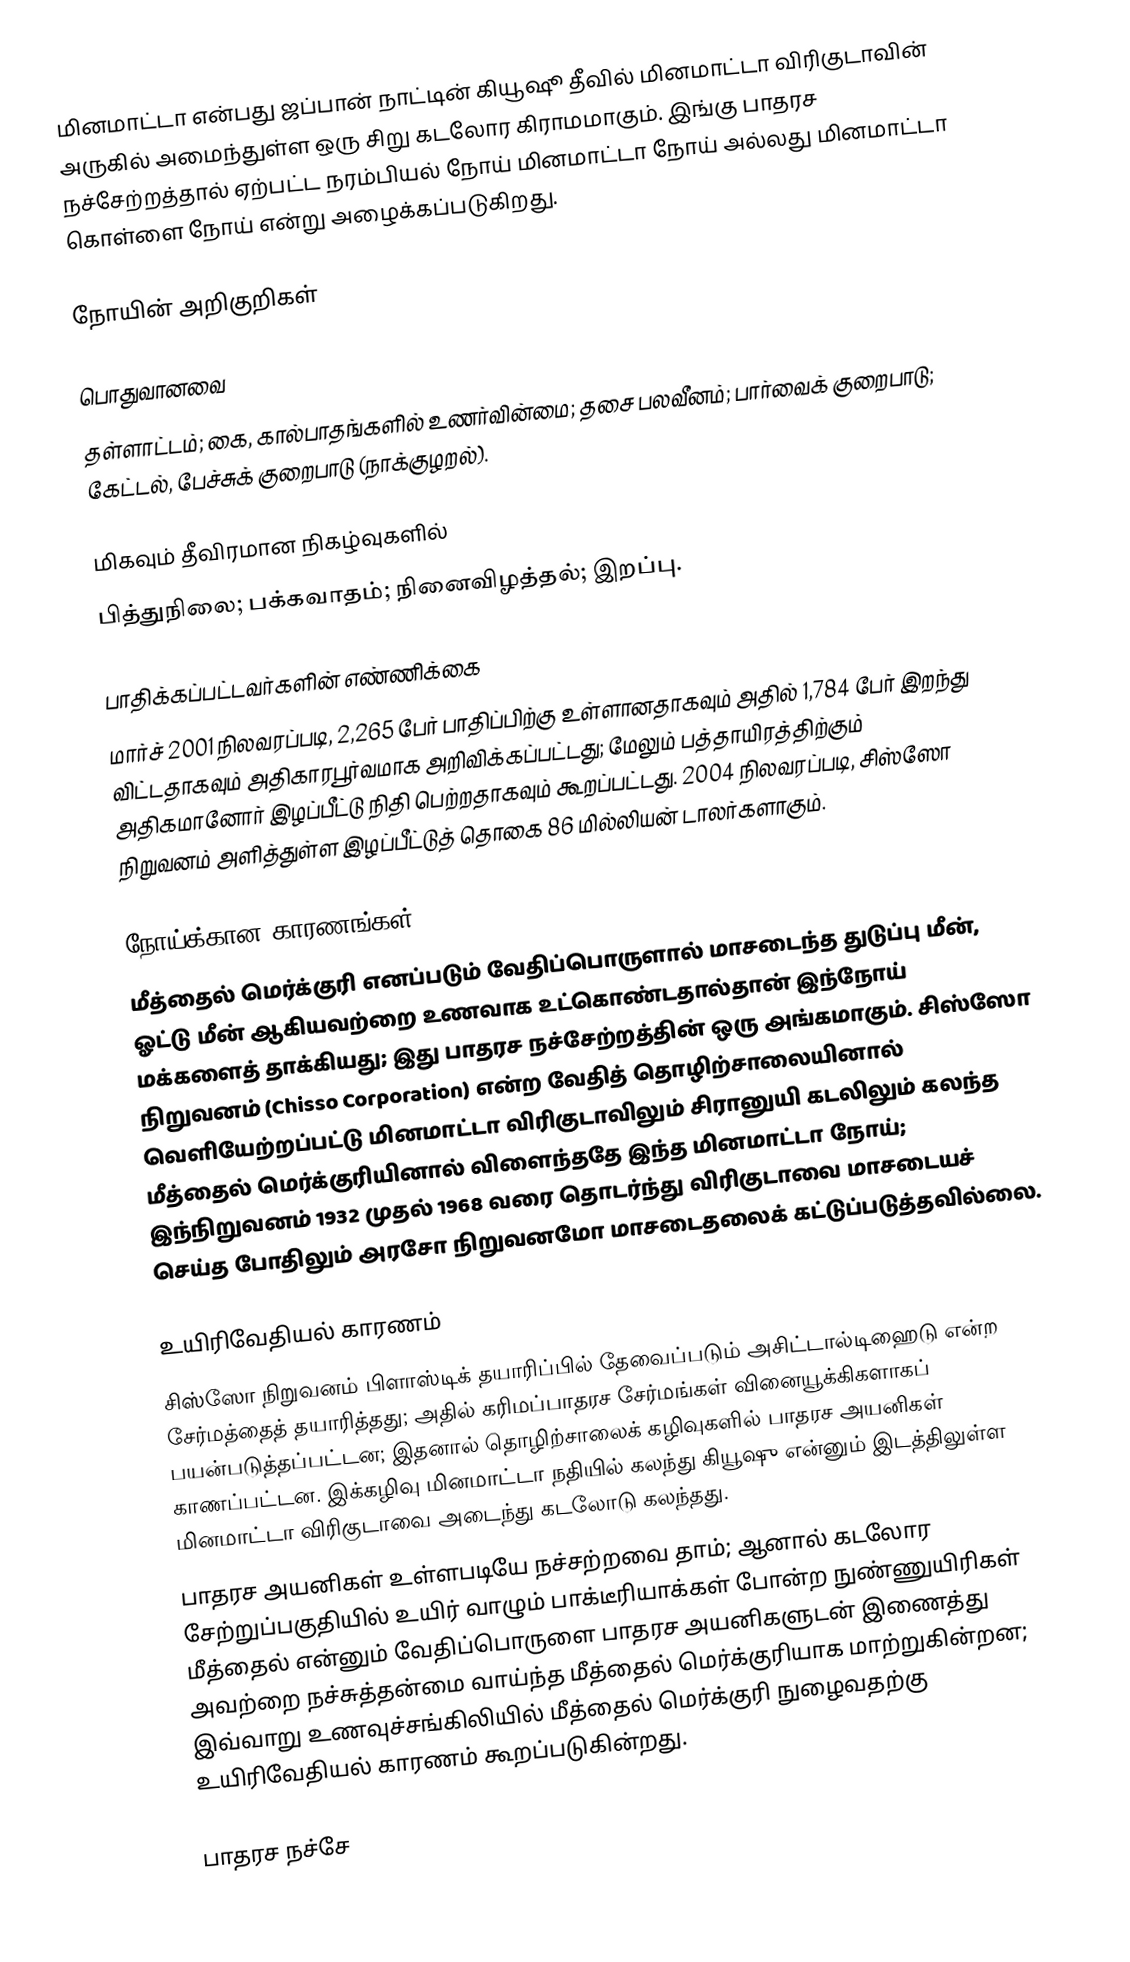
மினமாட்டா  என்பது ஜப்பான் நாட்டின் கியூஷூ தீவில் மினமாட்டா விரிகுடாவின் அருகில் அமைந்துள்ள ஒரு சிறு கடலோர கிராமமாகும். இங்கு பாதரச நச்சேற்றத்தால் ஏற்பட்ட நரம்பியல் நோய் மினமாட்டா நோய் அல்லது மினமாட்டா கொள்ளை நோய் என்று அழைக்கப்படுகிறது.

நோயின் அறிகுறிகள்

பொதுவானவை
தள்ளாட்டம்; கை, கால்பாதங்களில் உணர்வின்மை; தசை பலவீனம்; பார்வைக் குறைபாடு; கேட்டல், பேச்சுக் குறைபாடு (நாக்குழறல்).

மிகவும் தீவிரமான நிகழ்வுகளில்
பித்துநிலை; பக்கவாதம்; நினைவிழத்தல்; இறப்பு.

பாதிக்கப்பட்டவர்களின் எண்ணிக்கை
மார்ச் 2001 நிலவரப்படி, 2,265 பேர் பாதிப்பிற்கு உள்ளானதாகவும் அதில் 1,784 பேர் இறந்து விட்டதாகவும் அதிகாரபூர்வமாக அறிவிக்கப்பட்டது; மேலும் பத்தாயிரத்திற்கும் அதிகமானோர் இழப்பீட்டு நிதி பெற்றதாகவும் கூறப்பட்டது. 2004 நிலவரப்படி, சிஸ்ஸோ நிறுவனம் அளித்துள்ள இழப்பீட்டுத் தொகை 86 மில்லியன் டாலர்களாகும்.

நோய்க்கான காரணங்கள்
மீத்தைல் மெர்க்குரி எனப்படும் வேதிப்பொருளால் மாசடைந்த துடுப்பு மீன், ஓட்டு மீன் ஆகியவற்றை உணவாக உட்கொண்டதால்தான் இந்நோய் மக்களைத் தாக்கியது; இது பாதரச நச்சேற்றத்தின் ஒரு அங்கமாகும். சிஸ்ஸோ நிறுவனம் (Chisso Corporation) என்ற வேதித் தொழிற்சாலையினால் வெளியேற்றப்பட்டு மினமாட்டா விரிகுடாவிலும் சிரானுயி கடலிலும் கலந்த மீத்தைல் மெர்க்குரியினால் விளைந்ததே இந்த மினமாட்டா நோய்; இந்நிறுவனம் 1932 முதல் 1968 வரை தொடர்ந்து விரிகுடாவை மாசடையச் செய்த போதிலும் அரசோ நிறுவனமோ மாசடைதலைக் கட்டுப்படுத்தவில்லை.

உயிரிவேதியல் காரணம்
சிஸ்ஸோ நிறுவனம் பிளாஸ்டிக் தயாரிப்பில் தேவைப்படும் அசிட்டால்டிஹைடு என்ற சேர்மத்தைத் தயாரித்தது; அதில் கரிமப்பாதரச சேர்மங்கள் வினையூக்கிகளாகப் பயன்படுத்தப்பட்டன; இதனால் தொழிற்சாலைக் கழிவுகளில் பாதரச அயனிகள் காணப்பட்டன. இக்கழிவு மினமாட்டா நதியில் கலந்து கியூஷு என்னும் இடத்திலுள்ள மினமாட்டா விரிகுடாவை அடைந்து கடலோடு கலந்தது.
பாதரச அயனிகள் உள்ளபடியே நச்சற்றவை தாம்; ஆனால் கடலோர சேற்றுப்பகுதியில் உயிர் வாழும் பாக்டீரியாக்கள் போன்ற நுண்ணுயிரிகள் மீத்தைல் என்னும் வேதிப்பொருளை பாதரச அயனிகளுடன் இணைத்து அவற்றை நச்சுத்தன்மை வாய்ந்த மீத்தைல் மெர்க்குரியாக மாற்றுகின்றன; இவ்வாறு உணவுச்சங்கிலியில் மீத்தைல் மெர்க்குரி நுழைவதற்கு உயிரிவேதியல் காரணம் கூறப்படுகின்றது.

பாதரச நச்சே